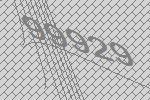
99929